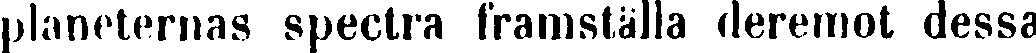
planeternas spectra framställa deremot dessa